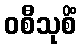
ဝစီသုစိံ